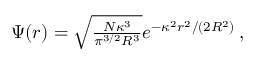
\begin{array} { r } { \Psi ( r ) = \sqrt { \frac { N \kappa ^ { 3 } } { \pi ^ { 3 / 2 } R ^ { 3 } } } e ^ { - \kappa ^ { 2 } r ^ { 2 } / ( 2 R ^ { 2 } ) } \, , } \end{array}